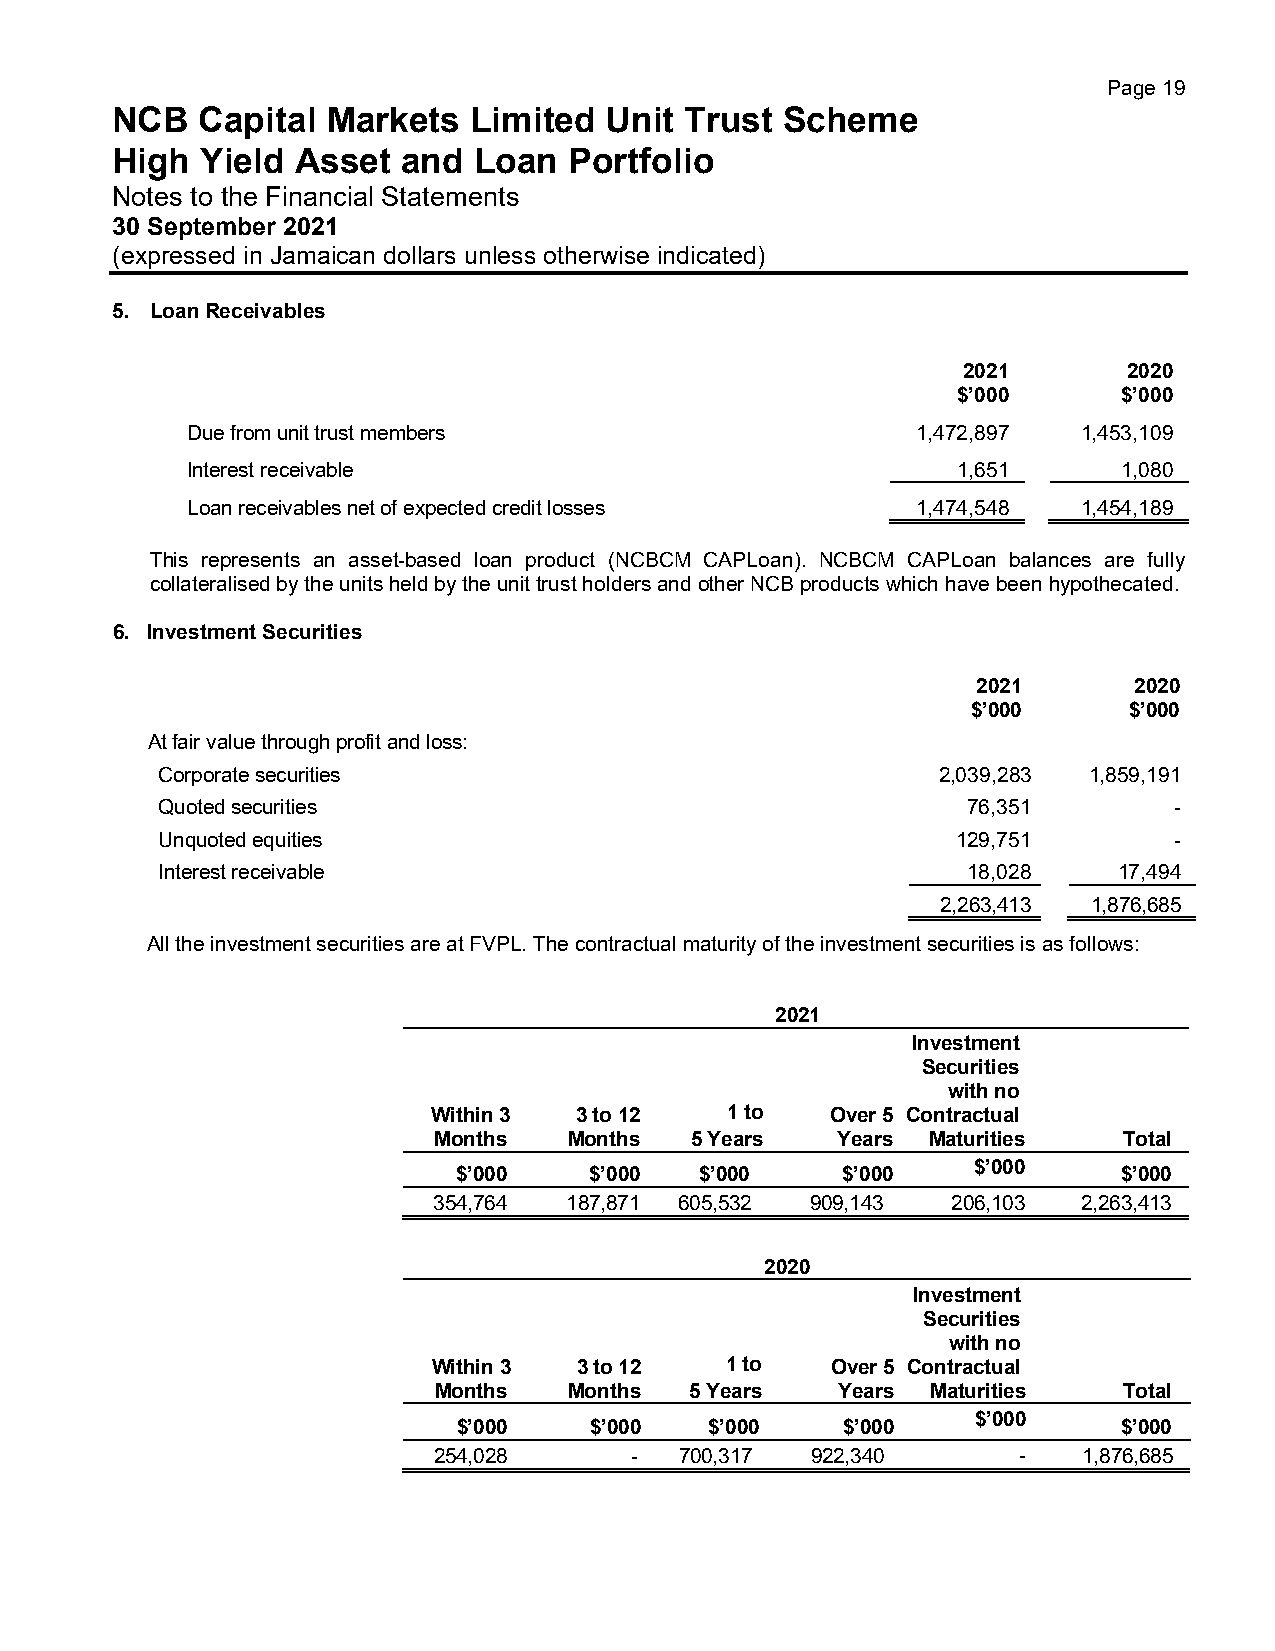
Page 19
 NCB   Capital  Markets  Limited  Unit Trust  Scheme
 High  Yield  Asset  and Loan   Portfolio
 Notes to the Financial Statements
 30 September 2021
 (expressed in Jamaican dollars unless otherwise indicated)
 5. Loan Receivables
 2021       2020
 $’000      $’000
 Due from unit trust members                      1,472,897  1,453,109
 Interest receivable                                1,651      1,080
 Loan receivables net of expected credit losses   1,474,548  1,454,189
 This represents an asset-based loan product (NCBCM CAPLoan). NCBCM CAPLoan balances are fully
 collateralised by the units held by the unit trust holders and other NCB products which have been hypothecated.
 6. Investment Securities
 2021      2020
 $’000      $’000
 At fair value through profit and loss:
 Corporate securities                                2,039,283 1,859,191
 Quoted securities                                     76,351        -
 Unquoted equities                                    129,751        -
 Interest receivable                                   18,028    17,494
 2,263,413 1,876,685
 All the investment securities are at FVPL. The contractual maturity of the investment securities is as follows:
 2021
 Investment
 Securities
 with no
 Within 3 3 to 12   1 to   Over 5 Contractual
 Months   Months  5 Years  Years Maturities   Total
 $’000
 $’000    $’000  $’000     $’000             $’000
 354,764 187,871 605,532  909,143  206,103  2,263,413
 2020
 Investment
 Securities
 with no
 Within 3 3 to 12   1 to   Over 5 Contractual
 Months   Months  5 Years  Years  Maturities  Total
 $’000
 $’000    $’000   $’000    $’000             $’000
 254,028      -  700,317  922,340      -    1,876,685